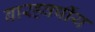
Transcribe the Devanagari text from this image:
बारहवर्षीय